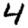
Digit: 4